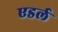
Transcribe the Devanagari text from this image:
एडर्ल